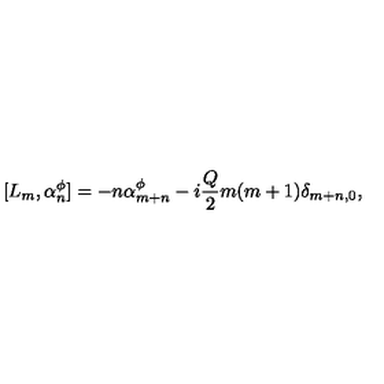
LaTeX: [ L _ { m } , \alpha _ { n } ^ { \phi } ] = - n \alpha _ { m + n } ^ { \phi } - i { \frac { Q } { 2 } } m ( m + 1 ) \delta _ { m + n , 0 } ,